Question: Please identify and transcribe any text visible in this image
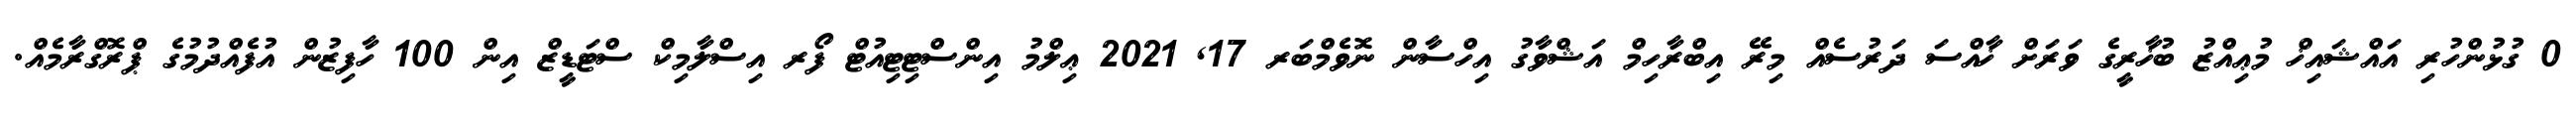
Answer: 0 ގުޅުންހުރި އައްޝައިޚް މުޢިއްޒު ބުޚާރީގެ ވަރަށް ޚާއްސަ ދަރުސެއް މިރޭ އިބްރާހިމް އަޝްވާގު އިހްސާން ނޮވެމްބަރ 17, 2021 ޢިލްމު އިންސްޓިޓިއުޓް ފޯރ އިސްލާމިކް ސްޓަޑީޒް އިން 100 ހާފިޒުން އުފެއްދުމުގެ ޕްރޮގްރާމެއް.